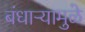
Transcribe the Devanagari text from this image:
बंधाऱ्यामुळे